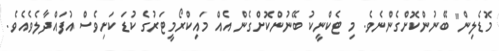
މޮޑެލިން" ބޭނުންކޮށްގެންނެވެ. މި ޓެކްނީކު ބޭނުންކޮށްގެން އެއް މައިކްރޯމީީޓަރުގެ ކުޑަ ކަށިވެސް އުފައްދާލެވެއެވެ.